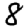
Digit: 8